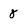
Character: 8